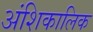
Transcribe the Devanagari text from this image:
अंशिकालिक